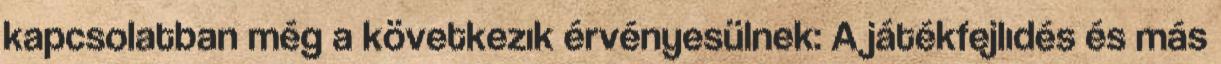
kapcsolatban még a következık érvényesülnek: A játékfejlıdés és más